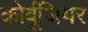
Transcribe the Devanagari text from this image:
कोर्बूजियर